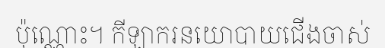
ប៉ុណ្ណោះ។ កីឡាករនយោបាយជើងចាស់